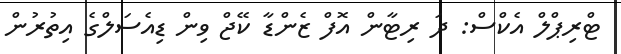
ޓްރިޕްލް އެކްސް: ދަ ރިޓާން އޮފް ޒެންޑާ ކޭޖް ވިން ޑިއެސަލްގެ އިތުރުން